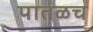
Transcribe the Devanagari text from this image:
पातळच